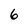
Character: 6